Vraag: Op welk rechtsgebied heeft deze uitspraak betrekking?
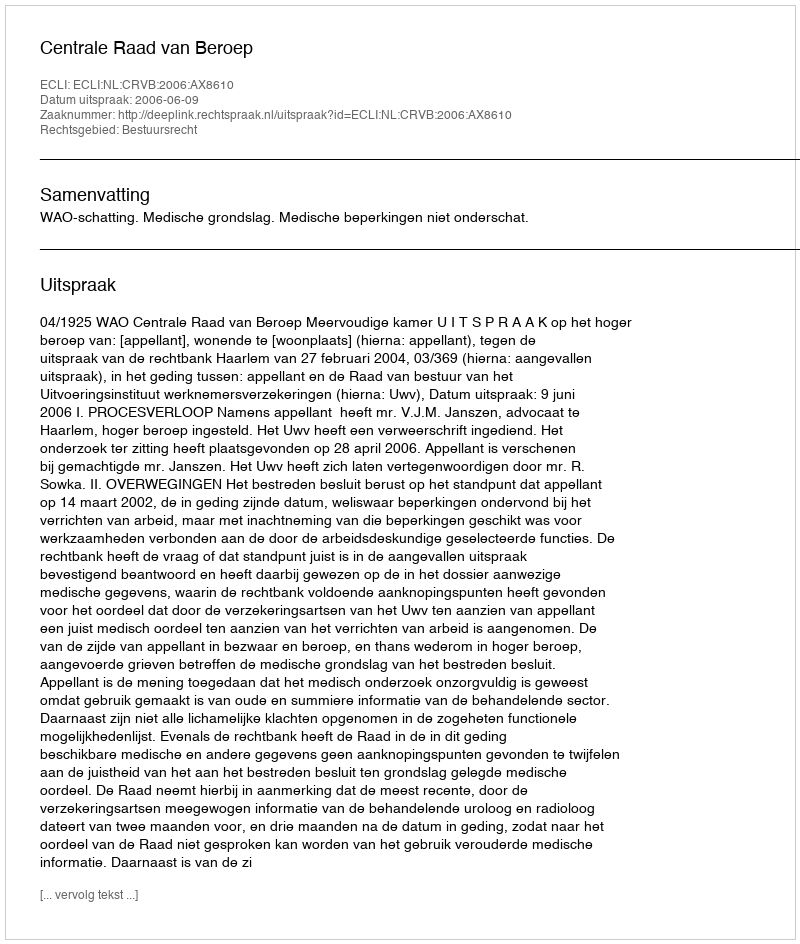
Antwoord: Bestuursrecht